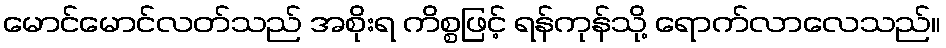
မောင်မောင်လတ်သည် အစိုးရ ကိစ္စဖြင့် ရန်ကုန်သို့ ရောက်လာလေသည်။